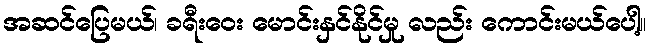
အဆင်ပြေမယ်၊ ခရီးဝေး မောင်းနှင်နိုင်မှု လည်း ကောင်းမယ်ပေါ့။